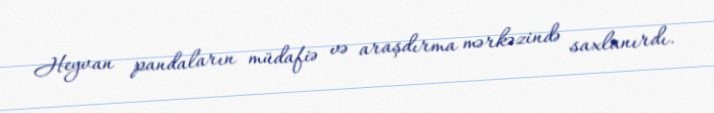
Heyvan pandaların müdafiə və araşdırma mərkəzində saxlanırdı.